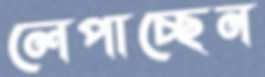
লেপাচ্ছেন